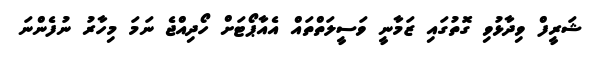
ޝަރީފް ވިދާޅުވި ގޮތުގައި ޒަމާނީ ވަސީލަތްތައް އެއާޕޯޓަށް ހޯދިއްޖެ ނަމަ މިހާރު ނުފެންނަ